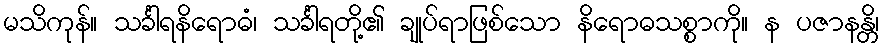
မသိကုန်။ သင်္ခါရနိရောဓံ၊ သင်္ခါရတို့၏ ချုပ်ရာဖြစ်သော နိရောဓသစ္စာကို။ န ပဇာနန္တိ၊